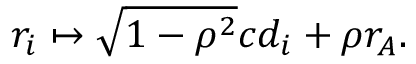
r _ { i } \mapsto \sqrt { 1 - \rho ^ { 2 } } c d _ { i } + \rho r _ { A } .